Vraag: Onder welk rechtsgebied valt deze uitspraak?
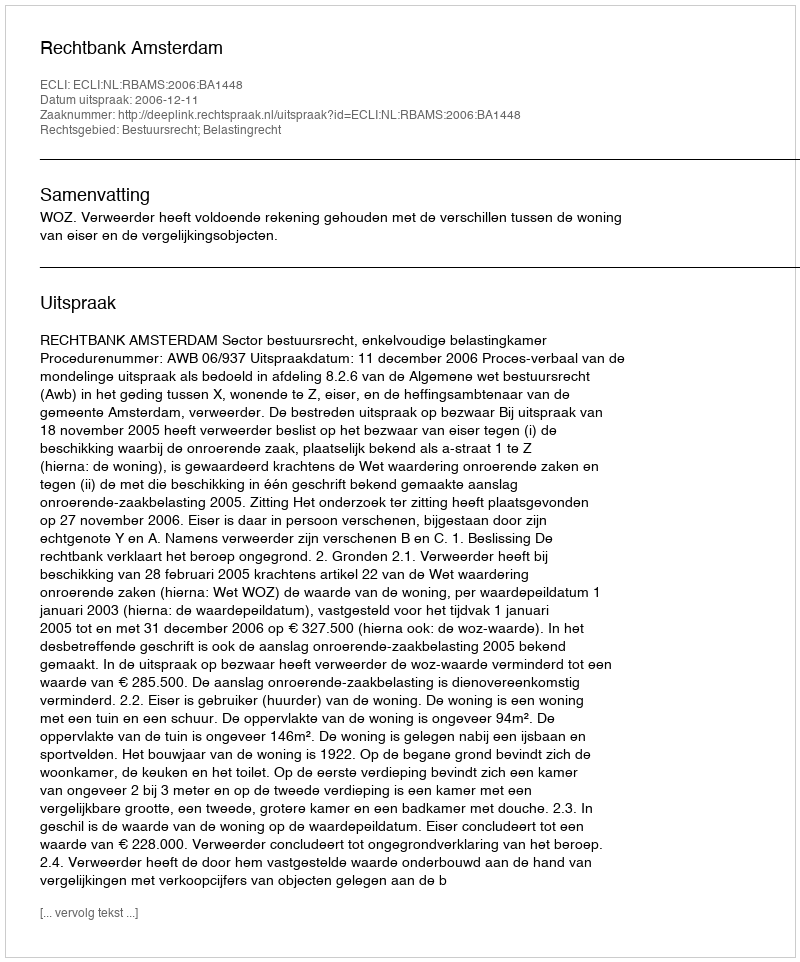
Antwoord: Bestuursrecht; Belastingrecht